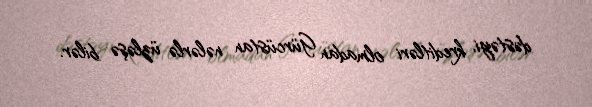
dəstəyi, kreditləri olmadan Gürcüstan nələrlə üzləşə bilər.